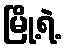
မြို့ရဲ့